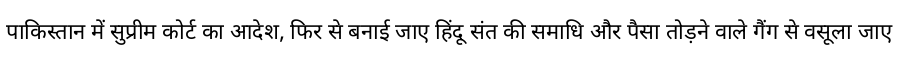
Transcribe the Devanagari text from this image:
पाकिस्तान में सुप्रीम कोर्ट का आदेश, फिर से बनाई जाए हिंदू संत की समाधि और पैसा तोड़ने वाले गैंग से वसूला जाए